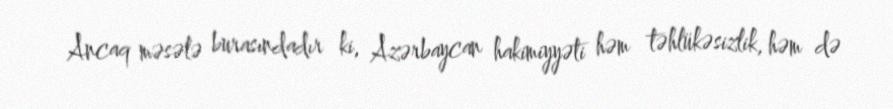
Ancaq məsələ burasındadır ki, Azərbaycan hakimiyyəti həm təhlükəsizlik, həm də